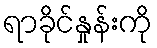
ရာခိုင်နှုန်းကို